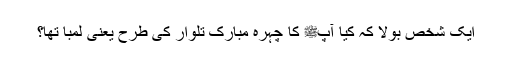
ایک شخص بولا کہ کیا آپﷺ کا چہرہ مبارک تلوار کی طرح یعنی لمبا تھا؟